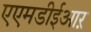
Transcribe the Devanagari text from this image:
एएमडीईआऱ